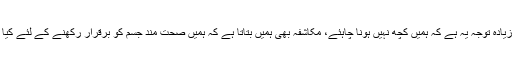
ہم سب سے زیادہ توجہ یہ ہے کہ ہمیں کچھ نہیں ہونا چاہئے، مکاشفہ بھی ہمیں بتاتا ہے کہ ہمیں صحت مند جسم کو برقرار رکھنے کے لئے کیا کرنا چاہیے۔